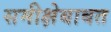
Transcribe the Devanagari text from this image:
समीक्षेबाबत